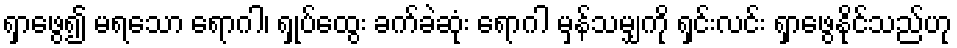
ရှာဖွေ၍ မရသော ရောဂါ၊ ရှုပ်ထွေး ခက်ခဲဆုံး ရောဂါ မှန်သမျှကို ရှင်းလင်း ရှာဖွေနိုင်သည်ဟု